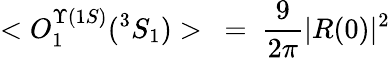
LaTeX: <O_{1}^{\Upsilon(1S)}(^{3}S_{1})>\ =\ \frac{9}{2\pi}{\mid}R(0){\mid}^{2}